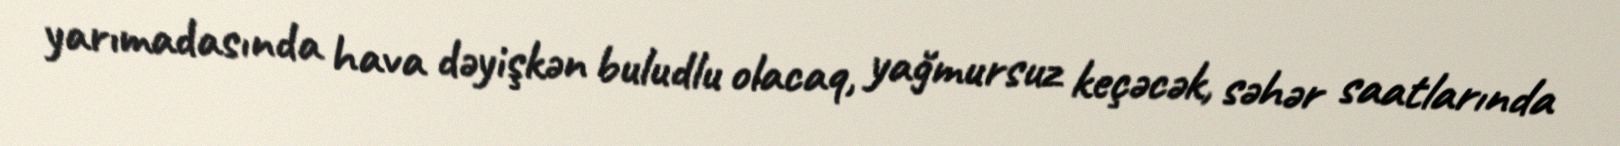
yarımadasında hava dəyişkən buludlu olacaq, yağmursuz keçəcək, səhər saatlarında